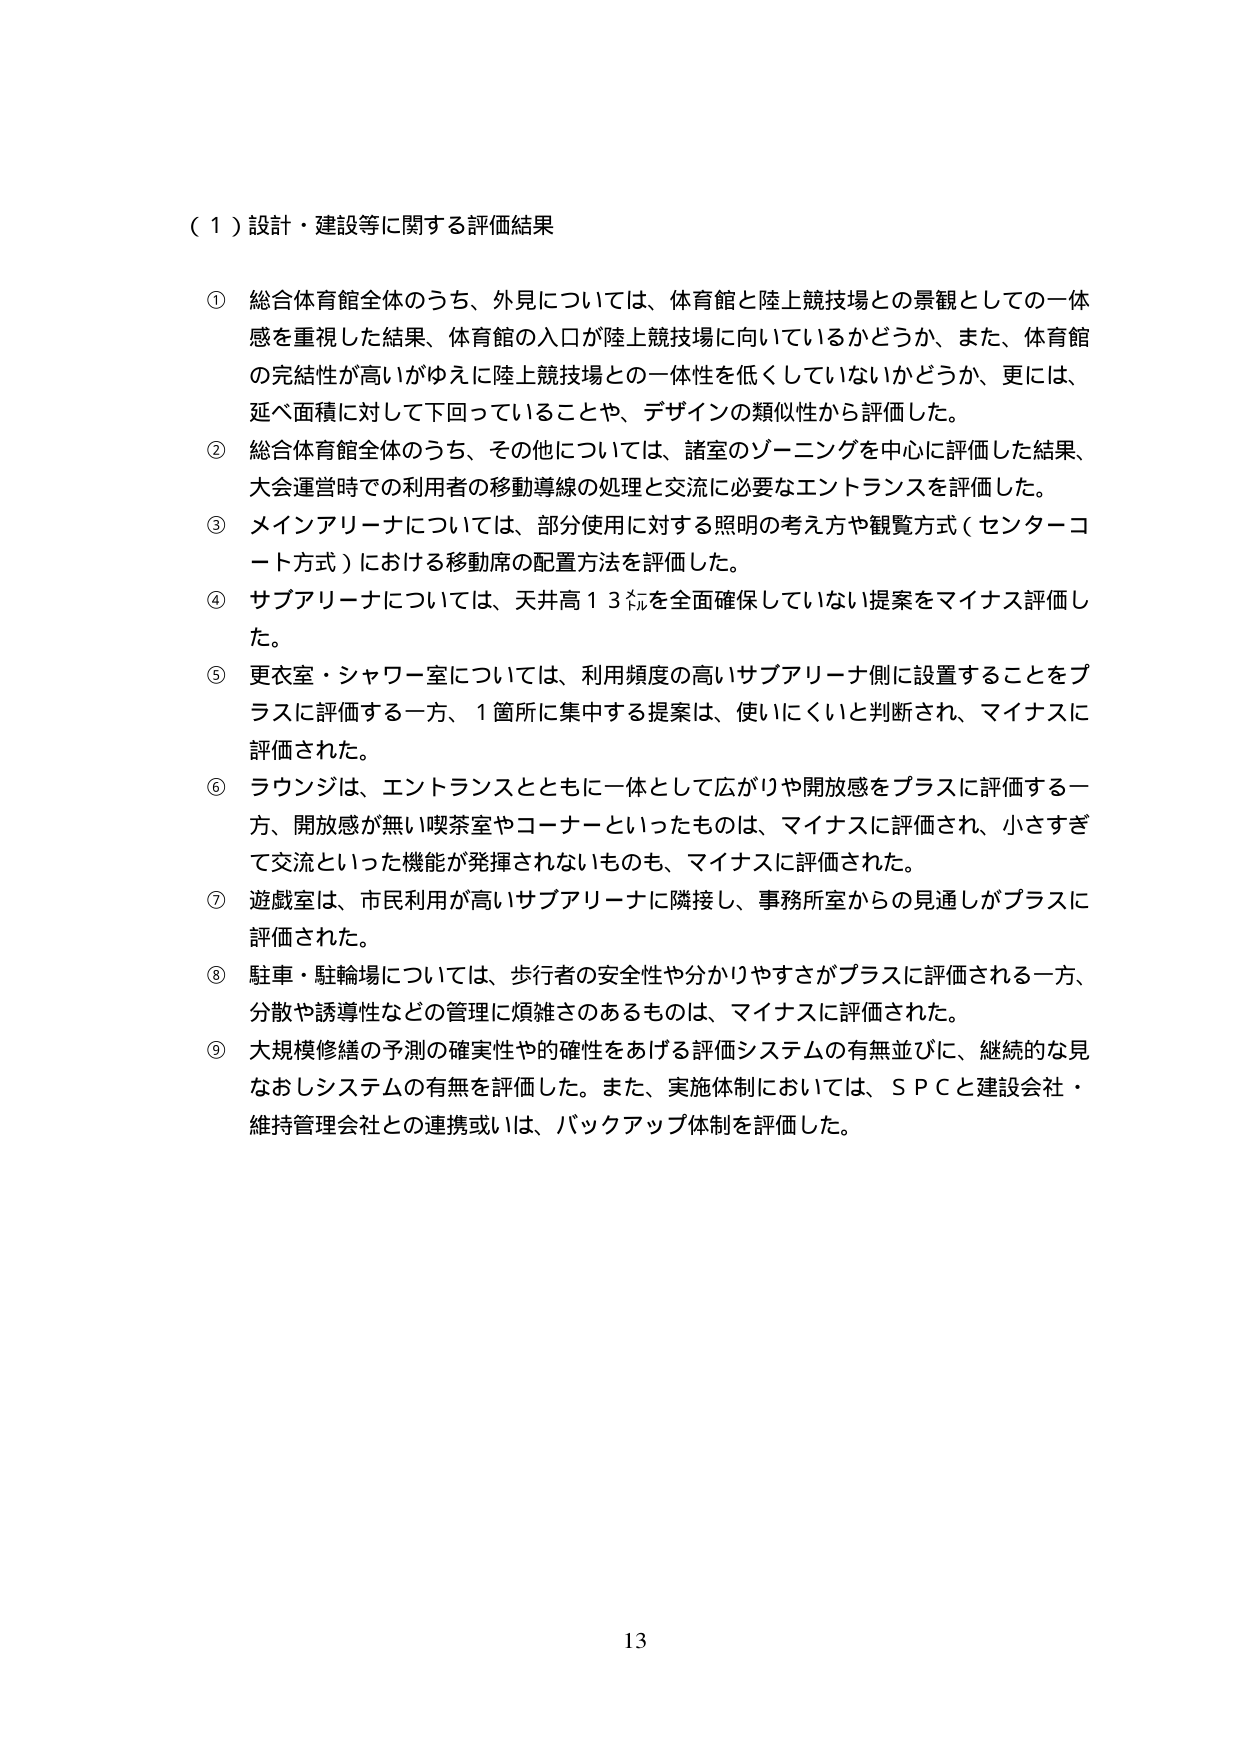
（１）設計・建設等に関する評価結果

① 総合体育館全体のうち、外見については、体育館と陸上競技場との景観としての一体感を重視した結果、体育館の入口が陸上競技場に向いているかどうか、また、体育館の完結性が高いがゆえに陸上競技場との一体性を低くしていないかどうか、更には、延べ面積に対して下回っていることや、デザインの類似性から評価した。

② 総合体育館全体のうち、その他については、諸室のゾーニングを中心に評価した結果、大会運営時での利用者の移動導線の処理と交流に必要なエントランスを評価した。

③ メインアリーナについては、部分使用に対する照明の考え方や観覧方式（センターコート方式）における移動席の配置方法を評価した。

④ サブアリーナについては、天井高１３㍍を全面確保していない提案をマイナス評価した。

⑤ 更衣室・シャワー室については、利用頻度の高いサブアリーナ側に設置することをプラスに評価する一方、１箇所に集中する提案は、使いにくいと判断され、マイナスに評価された。

⑥ ラウンジは、エントランスとともに一体として広がりや開放感をプラスに評価する一方、開放感が無い喫茶室やコーナーといったものは、マイナスに評価され、小さすぎて交流といった機能が発揮されないものも、マイナスに評価された。

⑦ 遊戯室は、市民利用が高いサブアリーナに隣接し、事務所室からの見通しがプラスに評価された。

⑧ 駐車・駐輪場については、歩行者の安全性や分かりやすさがプラスに評価される一方、分散や誘導性などの管理に煩雑さのあるものは、マイナスに評価された。

⑨ 大規模修繕の予測の確実性や的確性をあげる評価システムの有無並びに、継続的な見なおしシステムの有無を評価した。また、実施体制においては、ＳＰＣと建設会社・維持管理会社との連携或いは、バックアップ体制を評価した。

13